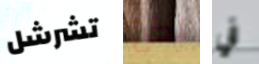
تشرشل لكن في